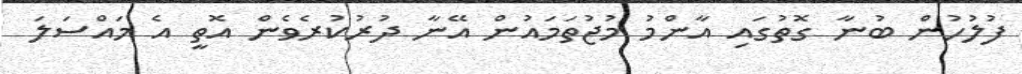
ފުލުހުން ބުނާ ގޮތުގައި އާންމު މުޖުތަމައުން އޭނާ ދުރުކުރެވެން އޮތީ އެ މައްސަލަ